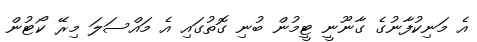
އެ މަނިކުފާނުގެ ގާނޫނީ ޓީމުން ބުނި ގޮތުގައި އެ މައްސަލަ މިރޭ ކޯޓުން